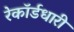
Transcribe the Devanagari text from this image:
रेकॉर्डधारी